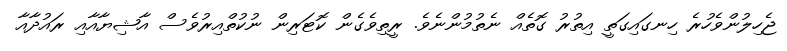
ޖެހިލުންވެހުރެ ހިނގައިގަތީ އިތުރު ގޮތެއް ނެތުމުންނެވެ. ރީތިވެގެން ކޮޓަރިން ނުކުތްއިރުވެސް އާޝިޔާއާއި ރައުދާއާ